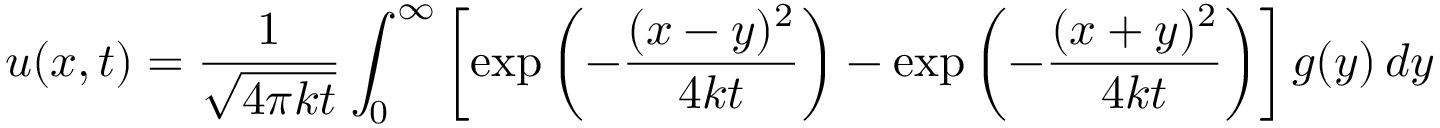
u ( x , t ) = { \frac { 1 } { \sqrt { 4 \pi k t } } } \int _ { 0 } ^ { \infty } \left[ \exp \left( - { \frac { ( x - y ) ^ { 2 } } { 4 k t } } \right) - \exp \left( - { \frac { ( x + y ) ^ { 2 } } { 4 k t } } \right) \right] g ( y ) \, d y